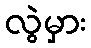
လွဲမှား